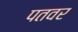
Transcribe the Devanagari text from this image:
पतवर